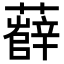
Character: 𧀼